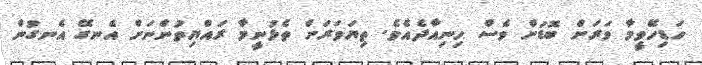
ހަޑިހޭވީމާ ވަރަށް ބޮޑަށް ވެސް ހިނިއާދެއެވެ. ތިޔަވަރަށް ތެޅުނީމާ ރައްޔިތުންނަށް އެނގޭ އެނގުން